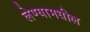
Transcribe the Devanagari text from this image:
लेण्यामधील